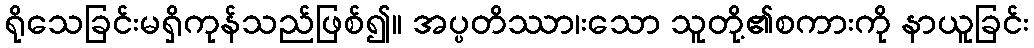
ရိုသေခြင်းမရှိကုန်သည်ဖြစ်၍။ အပ္ပတိဿာ၊းသော သူတို့၏စကားကို နာယူခြင်း